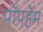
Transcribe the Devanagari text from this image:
पॉपहॅम